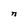
Character: n